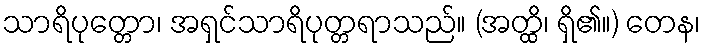
သာရိပုတ္တော၊ အရှင်သာရိပုတ္တရာသည်။ (အတ္ထိ၊ ရှိ၏။) တေန၊